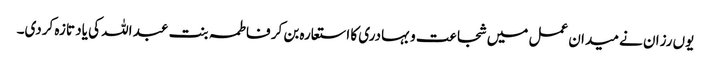
یوں رزان نے میدان عمل میں شجاعت و بہادری کا استعارہ بن کر فاطمہ بنت عبد اللہ کی یاد تازہ کردی۔